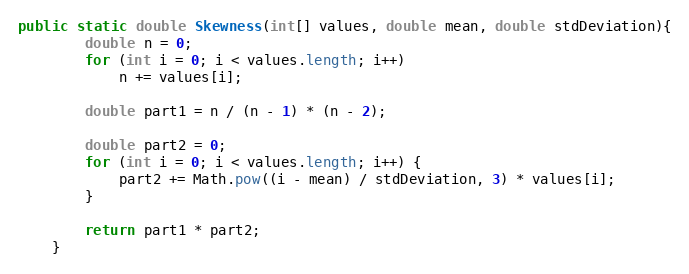
Language: Java
public static double Skewness(int[] values, double mean, double stdDeviation){
        double n = 0;
        for (int i = 0; i < values.length; i++)
            n += values[i];

        double part1 = n / (n - 1) * (n - 2);

        double part2 = 0;
        for (int i = 0; i < values.length; i++) {
            part2 += Math.pow((i - mean) / stdDeviation, 3) * values[i];
        }

        return part1 * part2;
    }